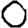
Digit: 0